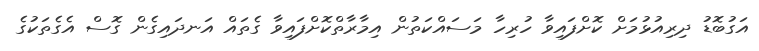
އަގުބޮޑު ދިރިއުޅުމަށް ކޮށްފައިވާ ހުރިހާ މަސައްކަތުން އިމާރާތްކޮށްފައިވާ ގެތައް އަނދައިގެން ގޮސް އެގެތަކުގެ